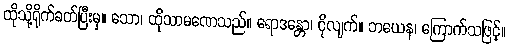
ထိုသို့ရိုက်ခတ်ပြီးမှ။ သော၊ ထိုသာမဏေသည်။ ရောဒန္တော၊ ငိုလျက်။ ဘယေန၊ ကြောက်သဖြင့်။